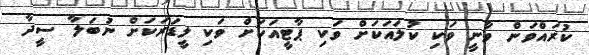
ކުރައްވަން ވާނީ ވަކި ކުލައަކަށް ވަކި ޕާޓީއަކަށް ވަކި ލީޑަރަކަށް ނުބަލާ ސީދާ